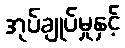
အုပ်ချုပ်မှုနှင့်